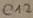
Text: C12